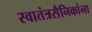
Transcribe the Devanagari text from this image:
स्वातंत्रसैनिकांना